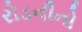
રોડનીનો